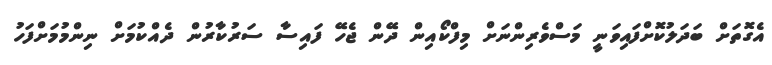
އެގޮތަށް ބަދަލުކޮށްފައިވަނީ މަސްވެރިންނަށް މިފްކޯއިން ދޭން ޖެހޭ ފައިސާ ސަރުކާރުން ދެއްކުމަށް ނިންމުމަށްފަހު